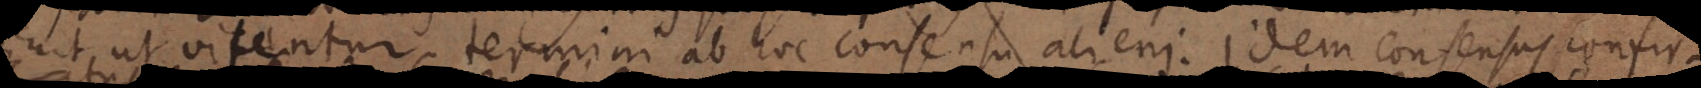
placuit, ut vitentur termini ab hoc consensu alieni. Idem consensus confirm